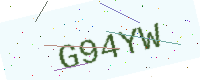
Text: G94YW